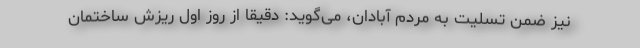
نیز ضمن تسلیت به مردم آبادان، می‌گوید: دقیقا از روز اول ریزش ساختمان